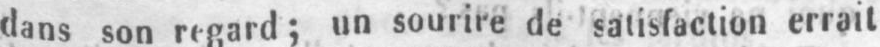
dans son regard; un sourire de satisfaction errait